King Institute of Preventive Medicine Micro-Biological Section reports 1909-11
Year: 1909
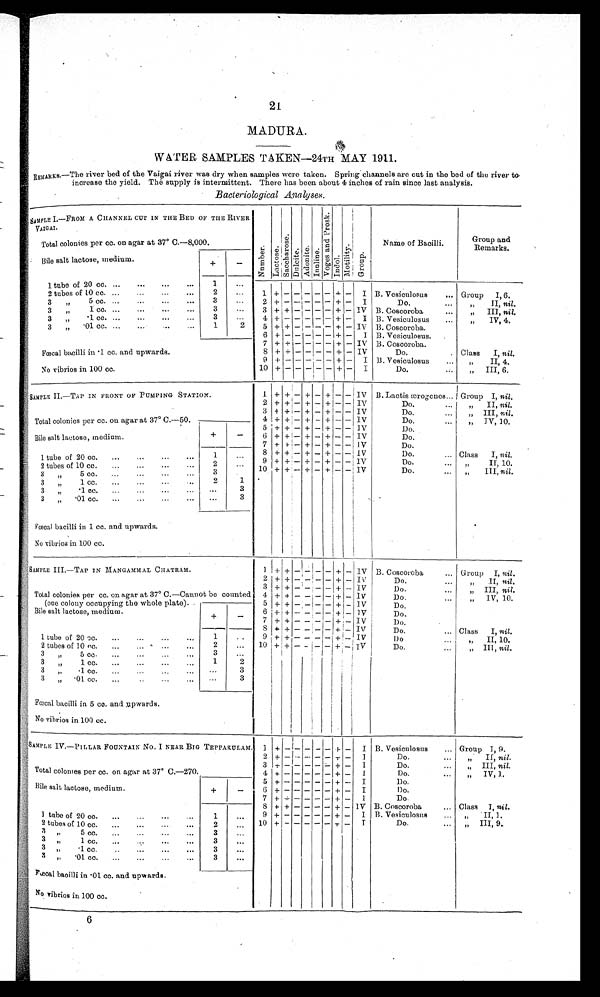
21
MADURA.
WATER SAMPLES TAKEN
—24TH MAY 1911.
REMARKS.—The river bed of the Vaigai river was dry when samples were taken. Spring channels are cut in the bed of the river to
increase the yield. The supply is intermittent. There has been about 4 inches of rain since last analysi
s.
Bacteriological Analyses.
SAMPLE 1.—FROM A CHANNEL CUT IN THE BED OF THE RIVER
VAIGAI.
Nu mb e r .
L a c t o s e .
Sa c c ha r os e .
Dul ci t e. Adoni t e. I nul i ne .
V o g e s a n d p r o s k .
Indol.
Mot i l i t y.
G r o u p .
Name of Bacilli.
Group and
Remarks.
Total colonies per cc. on agar at 37° C
.—8,000.
Bile salt lactose, medium.
+
-
1 tube of 20 cc. ...
...
...
...
1
...
2 tubes of 10 cc. ...
...
...
...
2
...
1 + -
- - - -
+ - I B. Vesiculosus
... Group
I, 6.
3
„
5 cc. ...
...
...
...
3
. . .
2 + - - - - - + - I
D o .
, , I I ,
n i l .
3
„
1 cc. ...
...
...
...
3
. . .
3 + + - - - - + - IV B. Coscoroba
...
,,
III, nil.
3
„
.1 CC. ...
...
...
...
3
. . .
4 + - - - - - + - I B. Vesiculosus
, , I V , 4 .
3
„
.01 cc. ... ... ...
...
1
2
5 + + - - - - + - IV B. Coscoroba.
6
+
- -
- - + -
I B. Vesiculosus.
Fœcal bacilli in .1 cc. and upwards.
No vibrios in 100 cc.
7 + + - - - - + - IV B. Coscoroba.
8
9
+
+
+ - - - -
++
-
-
IV
I
Do.
.
B. V esiculosus
...
Class
I, nil.
„
II, 4.
10 + -
- -
- - + - I
D o .
,,
III, 6.
SAMPLE II. —TAP IN FRONT OF PUMPING STATION.
cc. on agar at 37° C.-50.
1 + + - + - + - - IV B. Lactis aprogenes... Group I,
nil
.
2 +
+ - +
- +
- -
I V
Do.
...
„
II, nil.
3 +
+ - + -
+ - - IV
Do.
... „ III,
nil
.
4 +
+ - + - + - - IV
Do.
...
„ IV, 10.
Total colonies per
Bile salt lactose, medium.
+
-
5
5 + +
- + - + - - IV
Do. . . .
6 +
+ - + - + - - IV
Do. . . .
7 +
+ - + - + - - IV
Do. . . .
8 + + - + - + - - IV
Do. . . .
Class I, nil,
1 tube of 20 cc.
...
...
...
...
1
. . .
9 + +
- + - + - - IV
D o . . .
II, 10.
2 tubes of 10 cc.
...
...
. . . . . .
2
...
10 +
+
- + - + - - IV
Do.
... ,,
III,
nil
.
3 „
5 cc.
...
...
...
...
3
.
3
„
1 cc.
...
...
...
2
1
3
„
.1 cc. ... ... ... ...
. . .
3
3
„
.01 cc. ... . .. ... ... ...
3
Fœcal baci l l i i n 1. cc. and upwar ds.
No vibrios in 100 cc.
SAMPLE III.
—TAP IN MANGAMMAL CHATRAM.
Total colonies per cc. on agar at 37° C.—Cannot be counted
1 + + -
- -
- + - IV B. Coscoroba
... Group I, nil.
2
+ + - - - - + - IV
Do.
...
„
II, nil.
3
+ + -
-
-
- + - IV
Do.
„ III, nil.
4 + + - - - - + - IV
Do.
...
„
IV, 10.
5 + + - - - - + - IV
Do,
(one colony occupying the whole plate).
Bile salt lactose, medium.
+
-
6 + + - - - - + - IV
Do.
7 + +
-
-
- - + - IV
D o .
8 +
+ - - -
- + - IV
Do.
... Class I, nil.
1 tube of 20 cc.
...
...
...
. . .
1
..
9
+ + + - - - - + - IV
Do
„
II, 10.
2 tubes of 10 cc. ... ... ... ...
2
...
10 + + - - - -
+
-
IV
Do.
...
„ III nil.
3
„
5 cc.
...
. . . . . . . . .
3
...
3
,,
1 cc.
...
...
. . . . . .
1
2
3
,, . 1
c c .
. . .
. . .
. . .
. . .
. . .
3
„
3
„
.01 cc.
. . . . . . . . . . . .
. . .
3
Fœcal bacilli in 5 co. and upwards.
No vibrios in 100 cc.
SAMPLE IV.—PILLAR FOUNTAIN No. I NEAR BIG TEPPARULAM.
Total colonies per cc. on agar at 37° C.-270.
1 +
- -
-
- - + - I B. Vesiculosus
... Group I, 9.
2 + - - - - -
+ -
I
Do.
, ,
I I ,
n i l .
3 +
-
- - - + -
I
Do.
...
„ III, nil.
4
+ - -
- - - + -
I
Do.
,,
IV, 1..
Bile salt lactose, medium.
+
-
5
+ -
- - - + - I
1)o.
6 + - -
- - - + - I
Do.
7 + - - - - - +
- I
Do
8 + + - - - - + - IV B. Coscoroba
... Class I, nil.
1 t u b e o f2 0c c . . . . . . . . . . . . . .
1
...
9 + - -
- - - + - I B. Vesiculosus
...
,, II, I.
2 tubes of 10 cc.
...
...
. . .
...
2
...
10 + - - - - - + -
I
Do.
...
„ III, 9.
3
,, 5 cc . ... ...
... ...
3 ...
3 ,,
1 cc. ... ...
... ...
3
. . .
3 ,,
. 1 c c . . . . . . . . . . . . .
3
. . .
3
,,
.01 cc. ... ... ... ...
3
. .
Fœcal bacilli in .01. cc. and upwards.
No vibrios in 100 cc.
6